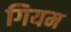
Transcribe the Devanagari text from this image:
गियम